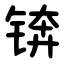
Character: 锛